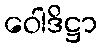
ဝေါဒိဋ္ဌာ